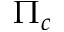
\Pi _ { c }